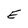
Character: E